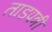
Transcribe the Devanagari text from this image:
ताडपत्री